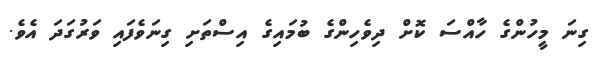
ގިނަ މީހުންގެ ހާއްސަ ކޮށް ދިވެހިންގެ ބުމައިގެ އިސްތަށި ގިނަވެފައި ވަރުގަދަ އެވެ.